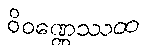
ဝိဝဏ္ဏေဿထ